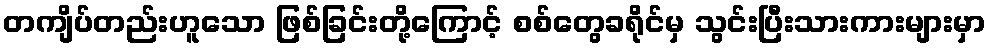
တကျိပ်တည်းဟူသော ဖြစ်ခြင်းတို့ကြောင့် စစ်တွေခရိုင်မှ သွင်းပြီးသားကားများမှာ